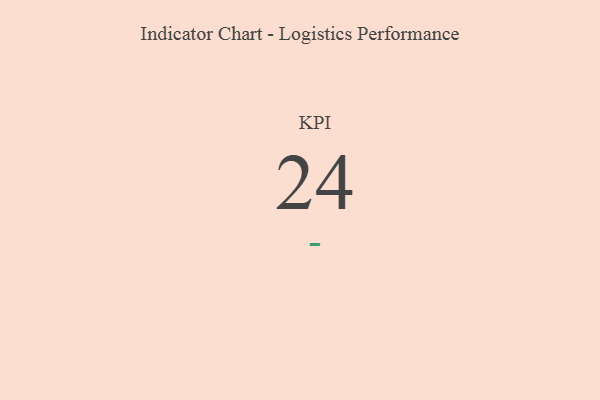
{"axis": {"x": "KPI", "y": "Value"}, "legend": [""], "data": [{"x": "KPI", "y": 24, "type": ""}]}